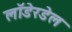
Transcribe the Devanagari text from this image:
लॉडेरडेल